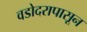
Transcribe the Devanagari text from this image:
वडोदरापासून